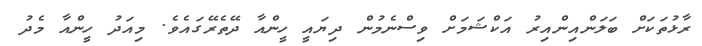
ރާޅުތަކަށް ބަލަންއިންއިރު އަކްޝަމަށް ވިސްނެމުން ދިޔައީ ހީންއާ ދޭތެރޭގައެވެ. މިއަދު ހީންއާ މެދު